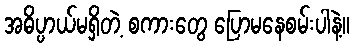
အဓိပ္ပာယ်မရှိတဲ့ စကားတွေ ပြောမနေစမ်းပါနဲ့။